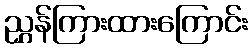
ညွှန်ကြားထားကြောင်း